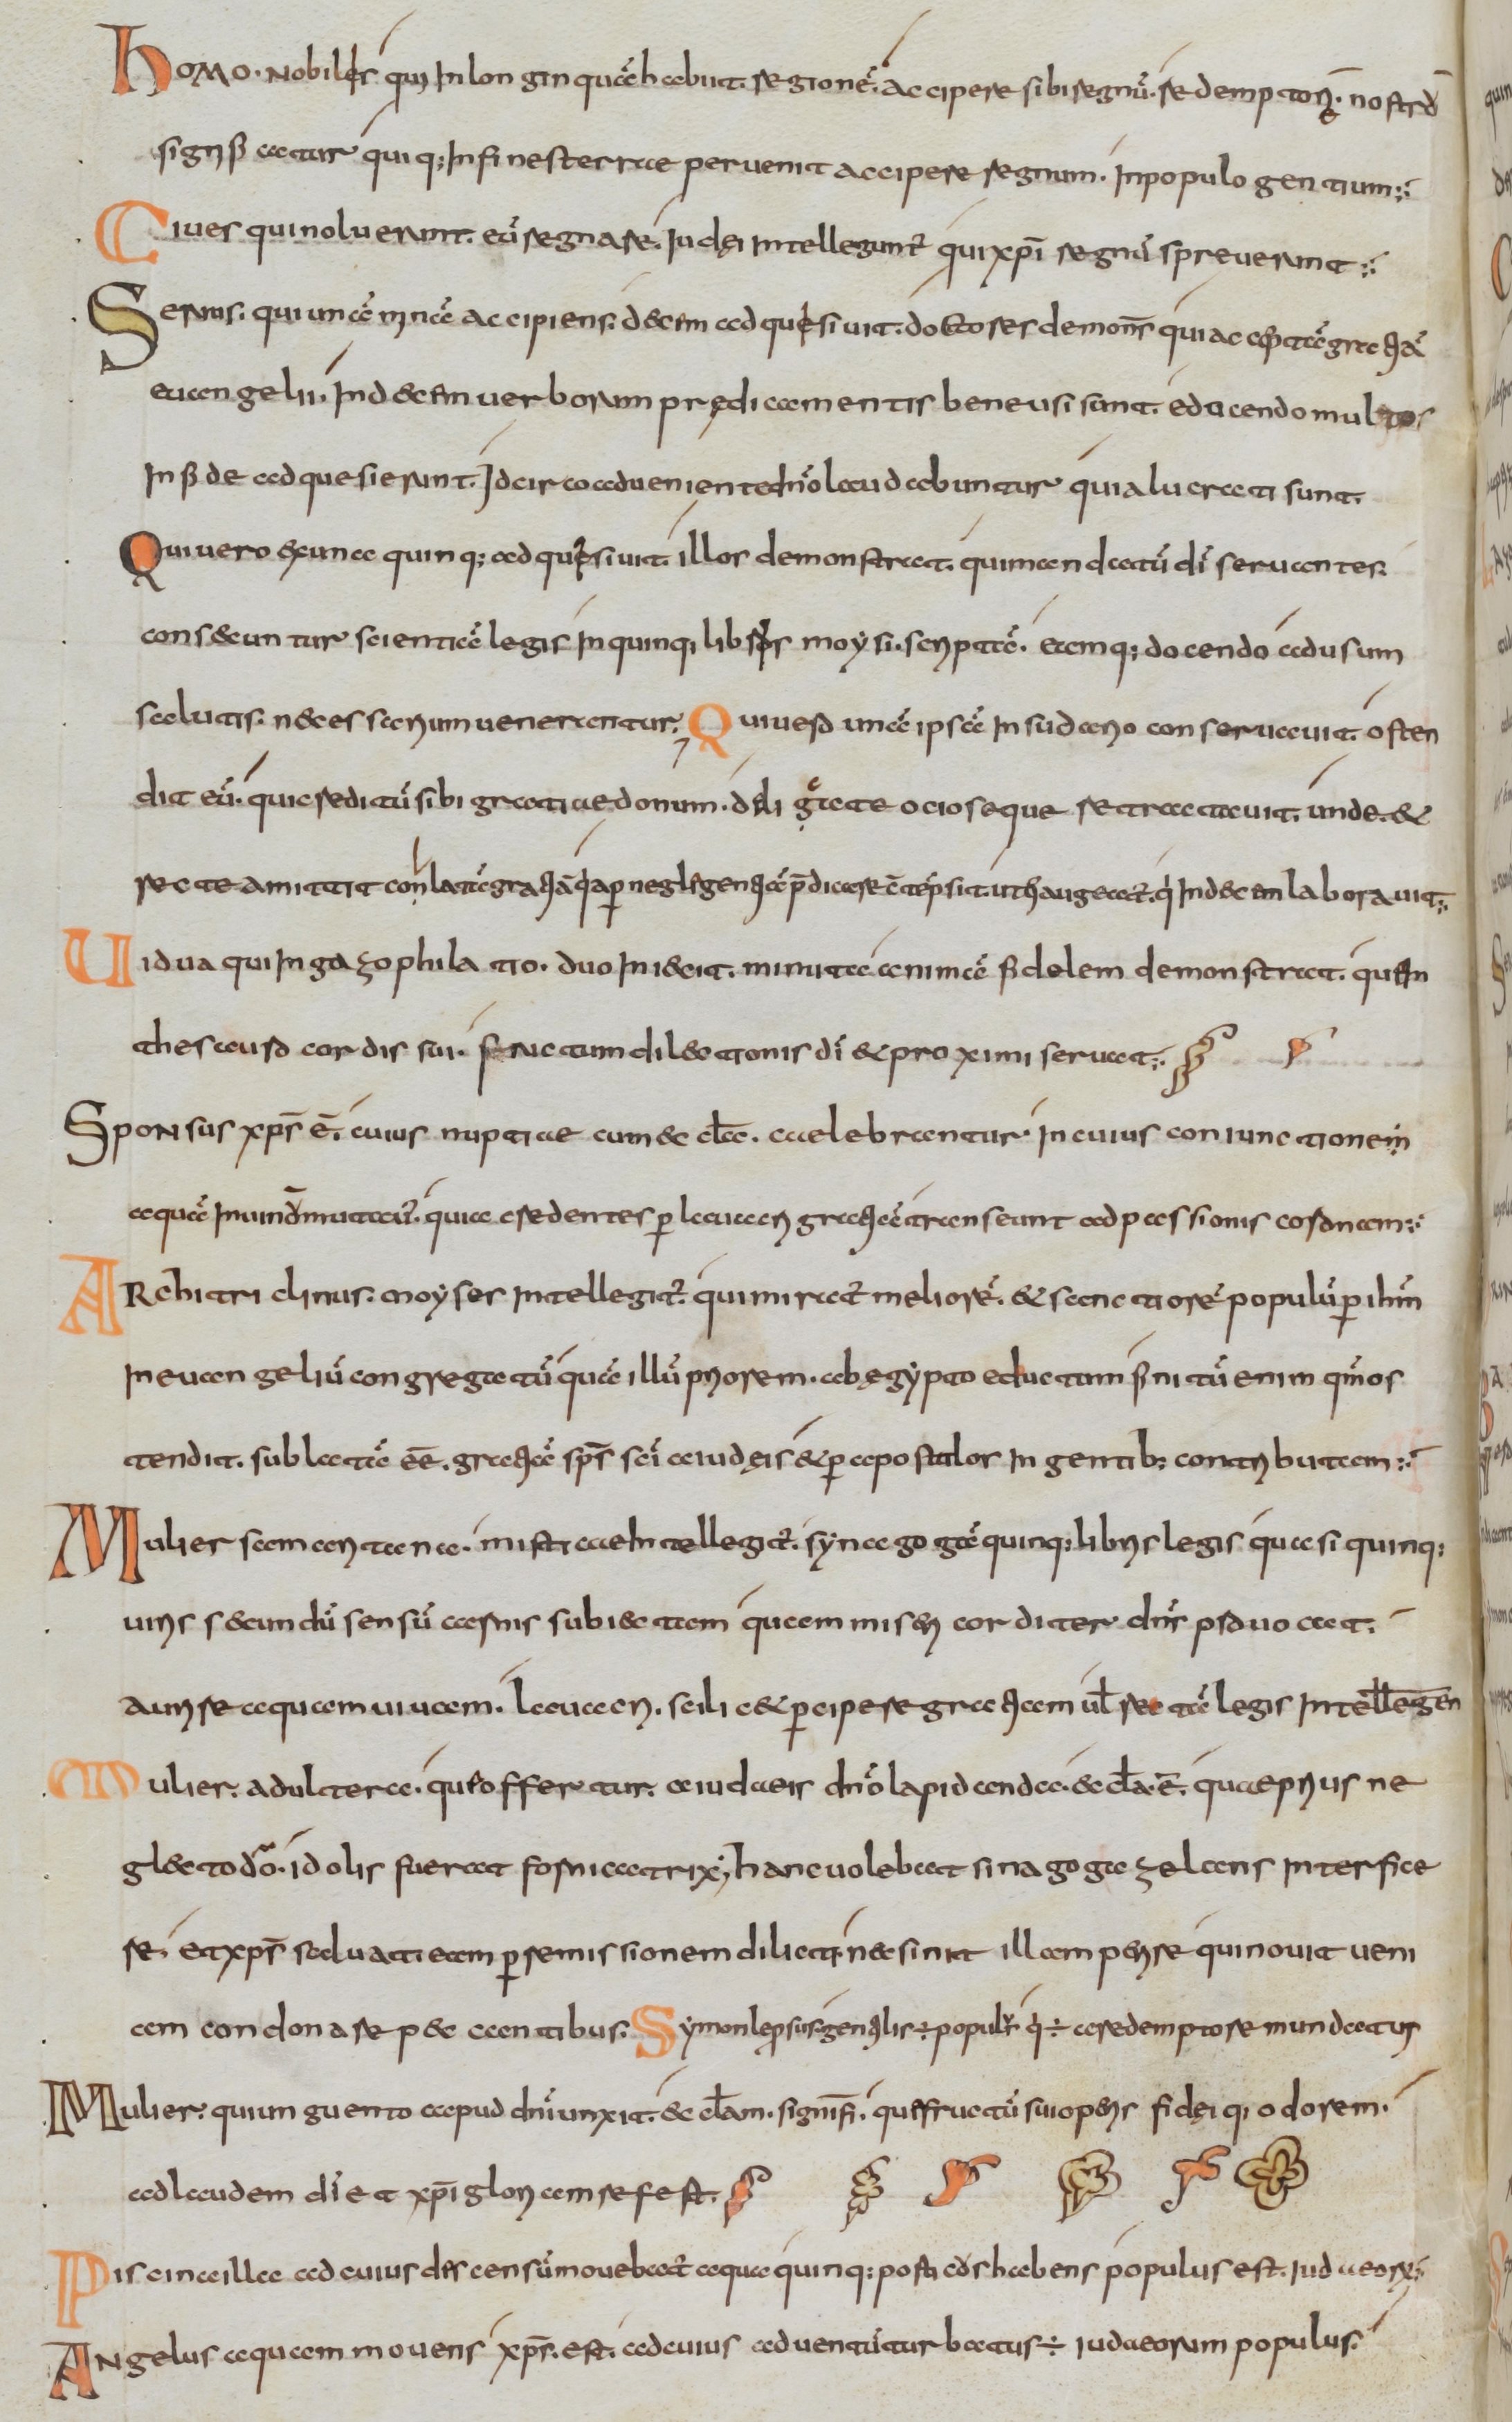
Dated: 800–830